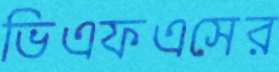
ভিএফএসের